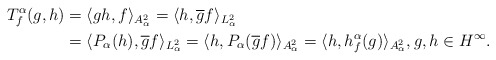
\begin{align*}T_{f}^{\alpha}(g,h)&=\langle gh,f\rangle_{A_{\alpha}^{2}}=\langle h,\overline{g}f\rangle_{L_{\alpha}^{2}}\\&=\langle P_{\alpha}(h),\overline{g}f\rangle_{L_{\alpha}^{2}}=\langle h,P_{\alpha}(\overline{g}f)\rangle_{A_{\alpha}^{2}}=\langle h,h_{f}^{\alpha}(g)\rangle_{A_{\alpha}^{2}},g,h\in H^{\infty}.\end{align*}